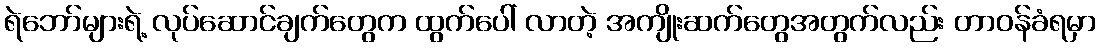
ရဲဘော်များရဲ့ လုပ်ဆောင်ချက်တွေက ထွက်ပေါ် လာတဲ့ အကျိုးဆက်တွေအတွက်လည်း တာဝန်ခံရမှာ